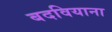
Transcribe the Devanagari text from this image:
बदवियाना